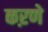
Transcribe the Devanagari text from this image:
कऱणे